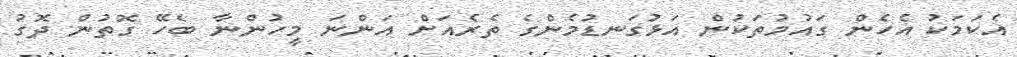
އެކަމަކު އެހެން ގައުމުތަކުން އަޅުގަނޑުމެންގެ ތެރެއަށް އަންނަ މީހުންނާ ބެހޭ ގޮތުން ދޮގު